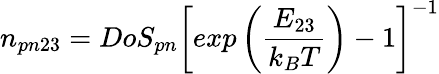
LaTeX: n_{pn23}=DoS_{pn}\left[exp\left(\frac{E_{23}}{k_{B}T}\right)-1\right]^{-1}